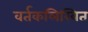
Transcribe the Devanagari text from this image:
वर्तकलिखित